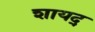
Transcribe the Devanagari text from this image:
शायद्